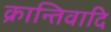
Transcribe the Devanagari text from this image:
क्रान्तिवादि